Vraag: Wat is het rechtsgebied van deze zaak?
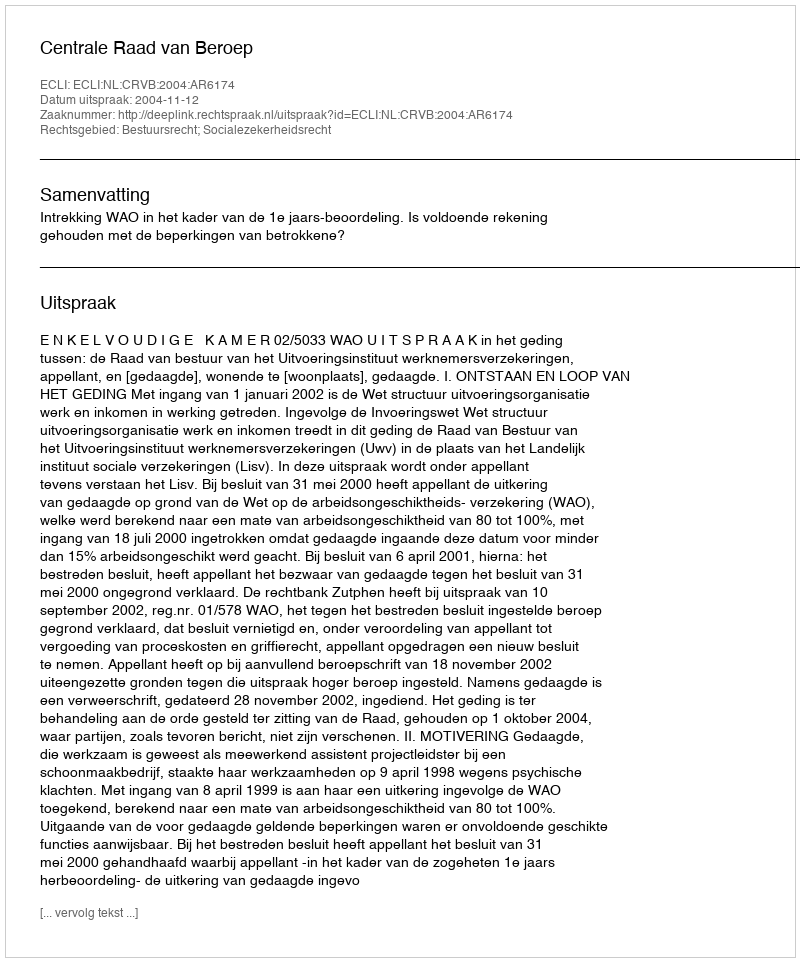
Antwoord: Bestuursrecht; Socialezekerheidsrecht